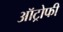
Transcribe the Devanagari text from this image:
ऑट्रोफी